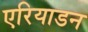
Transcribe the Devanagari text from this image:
एरियाडन